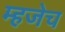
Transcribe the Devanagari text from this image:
म्हजेच